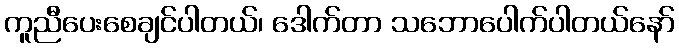
ကူညီပေးစေချင်ပါတယ်၊ ဒေါက်တာ သဘောပေါက်ပါတယ်နော်